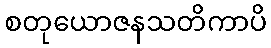
စတုယောဇနသတိကာပိ